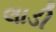
લાડી